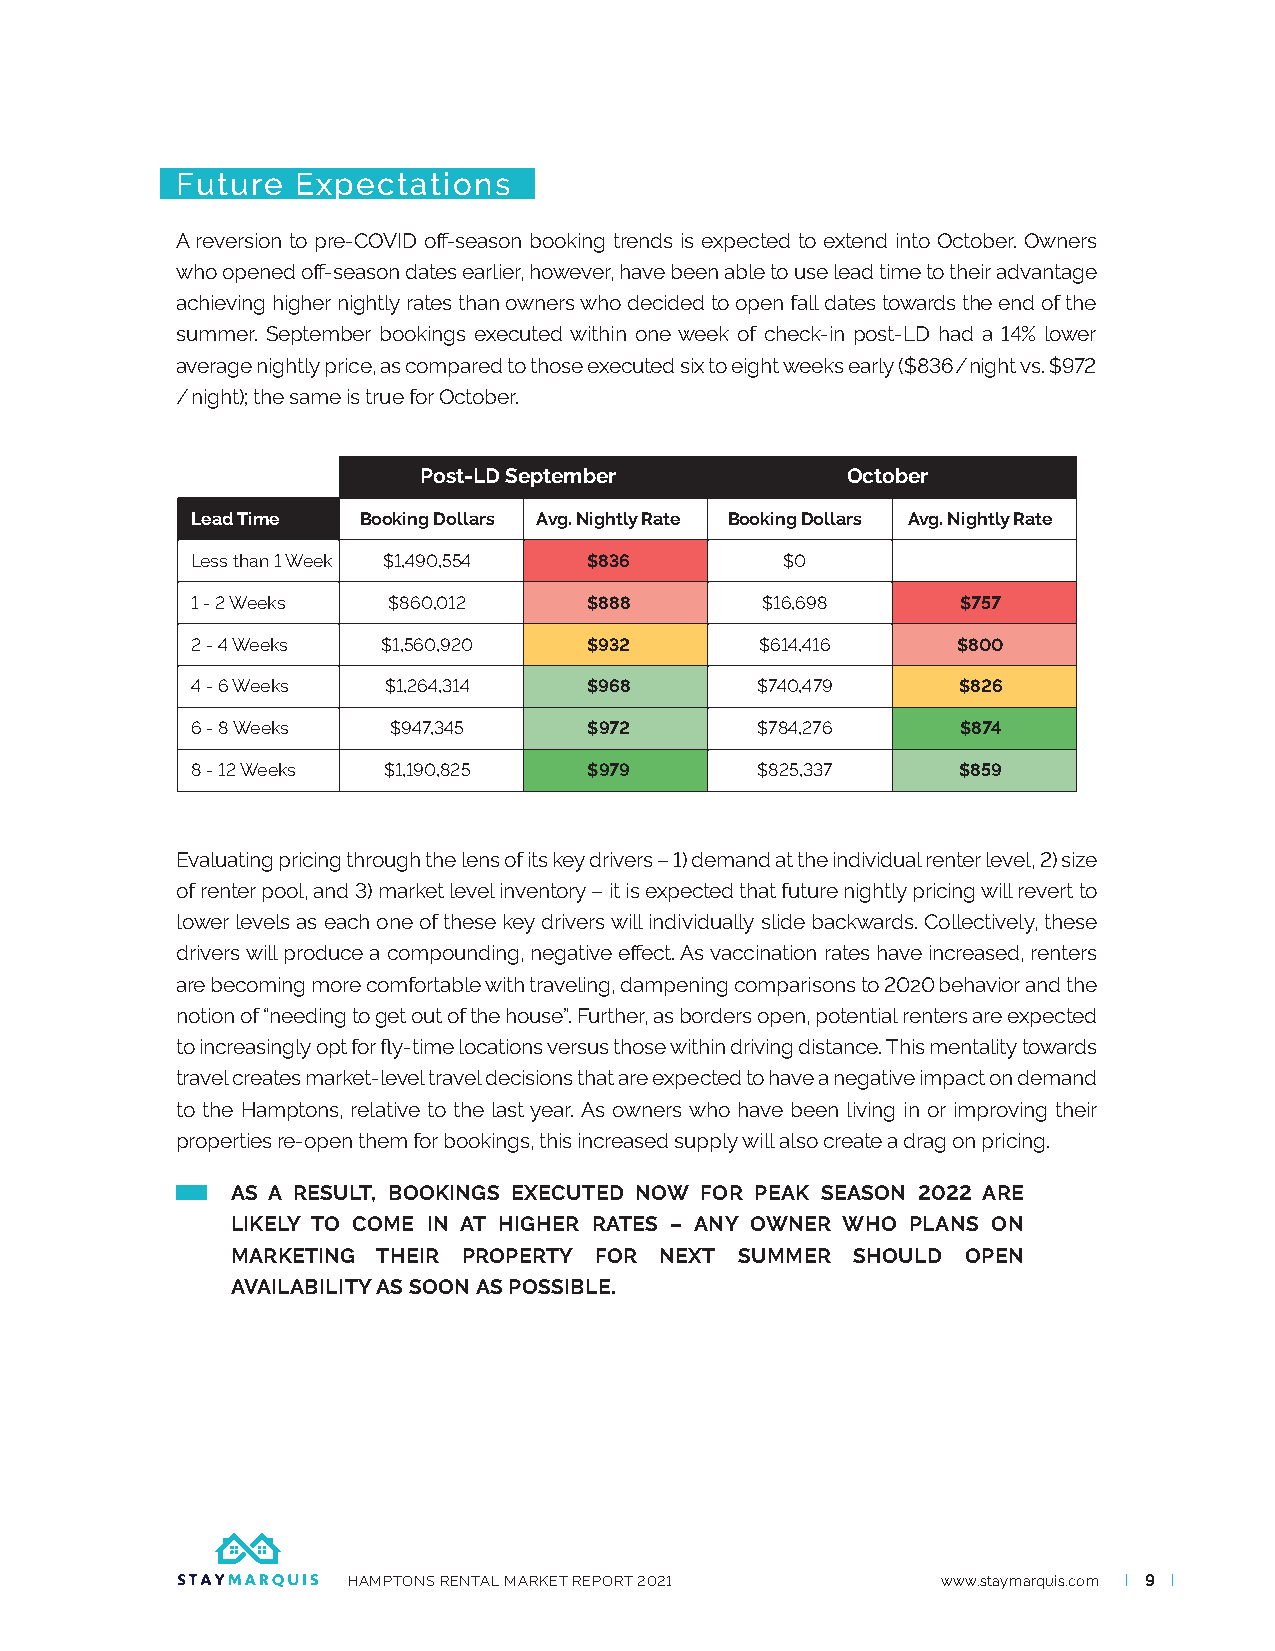
Future  Expectations
 A reversion to pre-COVID off-season booking trends is expected to extend into October. Owners
 who opened off-season dates earlier, however, have been able to use lead time to their advantage
 achieving higher nightly rates than owners who decided to open fall dates towards the end of the
 summer. September bookings executed within one week of check-in post-LD had a 14% lower
 average nightly price, as compared to those executed six to eight weeks early ($836 / night vs. $972
 / night); the same is true for October.
 Post-LD September           October
 Lead Time  Booking Dollars Avg. Nightly Rate Booking Dollars Avg. Nightly Rate
 Less than 1 Week $1,490,554 $836       $0
 1 - 2 Weeks  $860,012     $888       $16,698       $757
 2 - 4 Weeks $1,560,920    $932       $614,416     $800
 4 - 6 Weeks $1,264,314    $968       $740,479     $826
 6 - 8 Weeks  $947,345     $972       $784,276      $874
 8 - 12 Weeks $1,190,825   $979       $825,337      $859
 Evaluating pricing through the lens of its key drivers – 1) demand at the individual renter level, 2) size
 of renter pool, and 3) market level inventory – it is expected that future nightly pricing will revert to
 lower levels as each one of these key drivers will individually slide backwards. Collectively, these
 drivers will produce a compounding, negative effect. As vaccination rates have increased, renters
 are becoming more comfortable with traveling, dampening comparisons to 2020 behavior and the
 notion of “needing to get out of the house”. Further, as borders open, potential renters are expected
 to increasingly opt for fly-time locations versus those within driving distance. This mentality towards
 travel creates market-level travel decisions that are expected to have a negative impact on demand
 to the Hamptons, relative to the last year. As owners who have been living in or improving their
 properties re-open them for bookings, this increased supply will also create a drag on pricing.
 AS A RESULT, BOOKINGS EXECUTED NOW FOR PEAK SEASON 2022 ARE
 LIKELY TO COME IN AT HIGHER RATES – ANY OWNER WHO PLANS ON
 MARKETING THEIR PROPERTY FOR NEXT SUMMER  SHOULD OPEN
 AVAILABILITY AS SOON AS POSSIBLE.
 HAMPTONS RENTAL MARKET REPORT 2021     www.staymarquis.com I 9 I